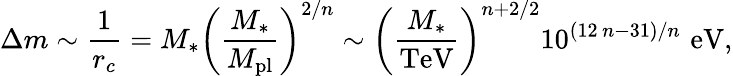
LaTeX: \Delta m\sim\frac{1}{r_{c}}=M_{*}\left(\frac{M_{*}}{M_{\mathrm{pl}}}\right)^{2/n}\sim\left(\frac{M_{*}}{\mathrm{TeV}}\right)^{n+2/2}10^{(12\, n-31)/n}\, \, \mathrm{eV},